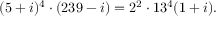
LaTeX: ( 5 + i ) ^ { 4 } \cdot ( 2 3 9 - i ) = 2 ^ { 2 } \cdot 1 3 ^ { 4 } ( 1 + i ) .